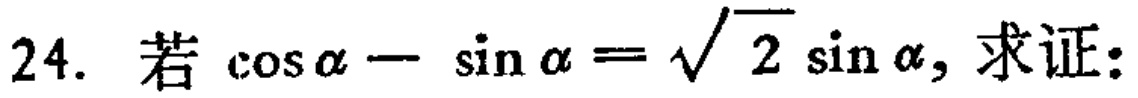
若\(\cos\alpha - \sin\alpha = \sqrt{2} \sin\alpha\)，求证: